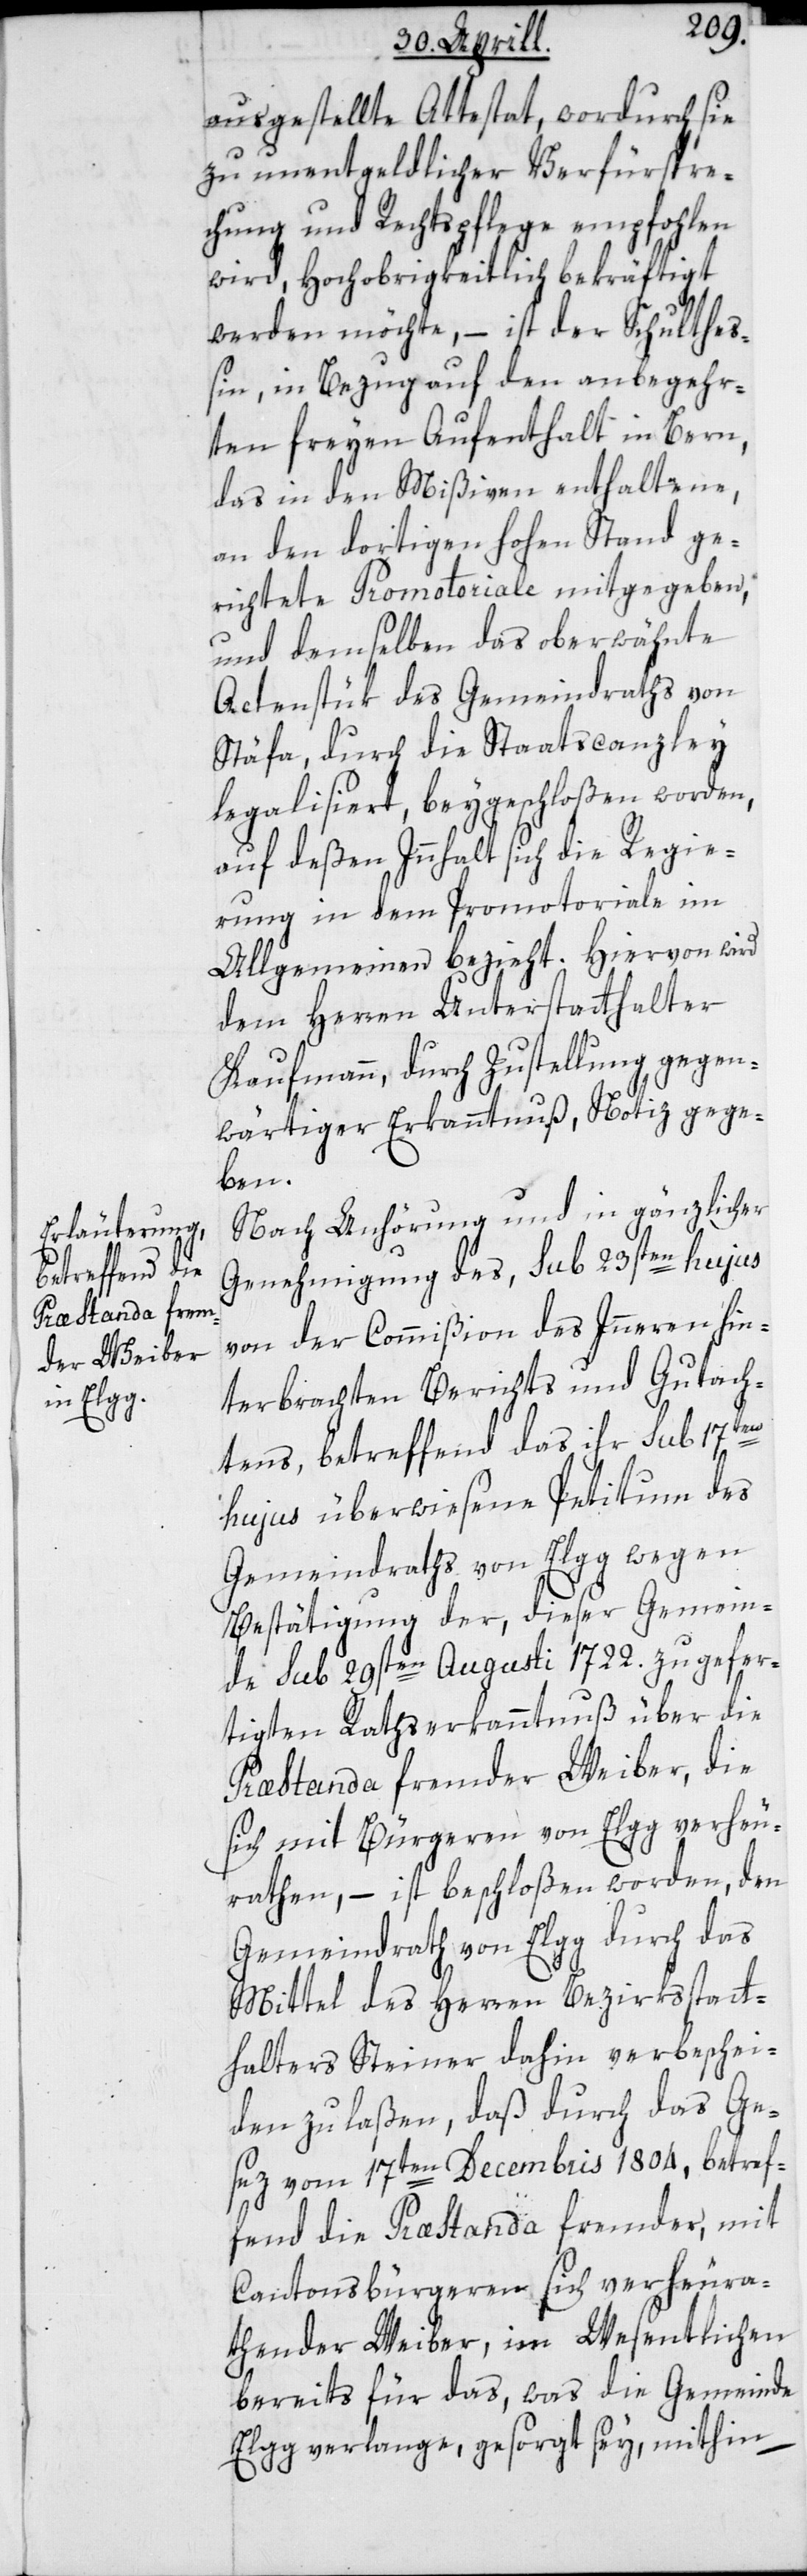
ausgestellte Attestat, wordurch sie
zu unentgeldlicher Verfürspre¬
chung und Rechtspflege empfohlen
wird, Hochobrigkeitlich bekräftigt
werden möchte, – ist der Schultheß¬
in, in Bezug auf den anbegehr¬
ten freyen Aufenthalt in Bern,
das in den Mißiven enthaltene,
an den dortigen hohen Stand ge¬
richtete Promotoriale mitgegeben,
und demselben das oberwähnte
Actenstük des Gemeindraths von
Stäfa, durch die Staatscanzley
legalisiert, beygeschloßen worden,
auf deßen Innhalt sich die Regie¬
rung in dem Promotoriale im
Allgemeinen bezieht. Hiervon wird
dem Herren Unterstatthalter
Kaufmann, durch Zustellung gegen¬
wärtiger Erkanntnuß, Notiz gege¬
ben.
Nach Anhörung und in gänzlicher
Genehmigung des, sub 23sten hujus
von der Commißion des Innern hin¬
terbrachten Berichts und Gutach¬
tens, betreffend das ihr sub 17ten
hujus überwiesene Petitum des
Gemeindraths von Elgg wegen
Bestätigung der, dieser Gemein¬
de sub 29sten Augusti 1722. zugefer¬
tigten Rathserkanntnuß über die
Præstanda fremder Weiber, die
sich mit Bürgeren von Elgg verheu¬
rathen, – ist beschloßen worden, den
Gemeindrath von Elgg durch das
Mittel des Herren Bezirksstatt¬
halters Steiner dahin verbeschei¬
den zu laßen, daß durch das Ge¬
sez vom 17ten Decembris 1804, betref¬
fend die Præstanda fremder, mit
Cantonsbürgeren sich verheura¬
thender Weiber, im Wesentlichen
bereits für das, was die Gemeinde
Elgg verlange, gesorgt sey, mithin